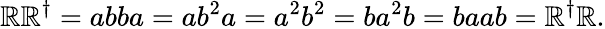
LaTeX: \mathbb{R}\mathbb{R}^{\dagger}=abba=ab^{2}a=a^{2}b^{2}=ba^{2}b=baab=\mathbb{R}^{\dagger}\mathbb{R}.